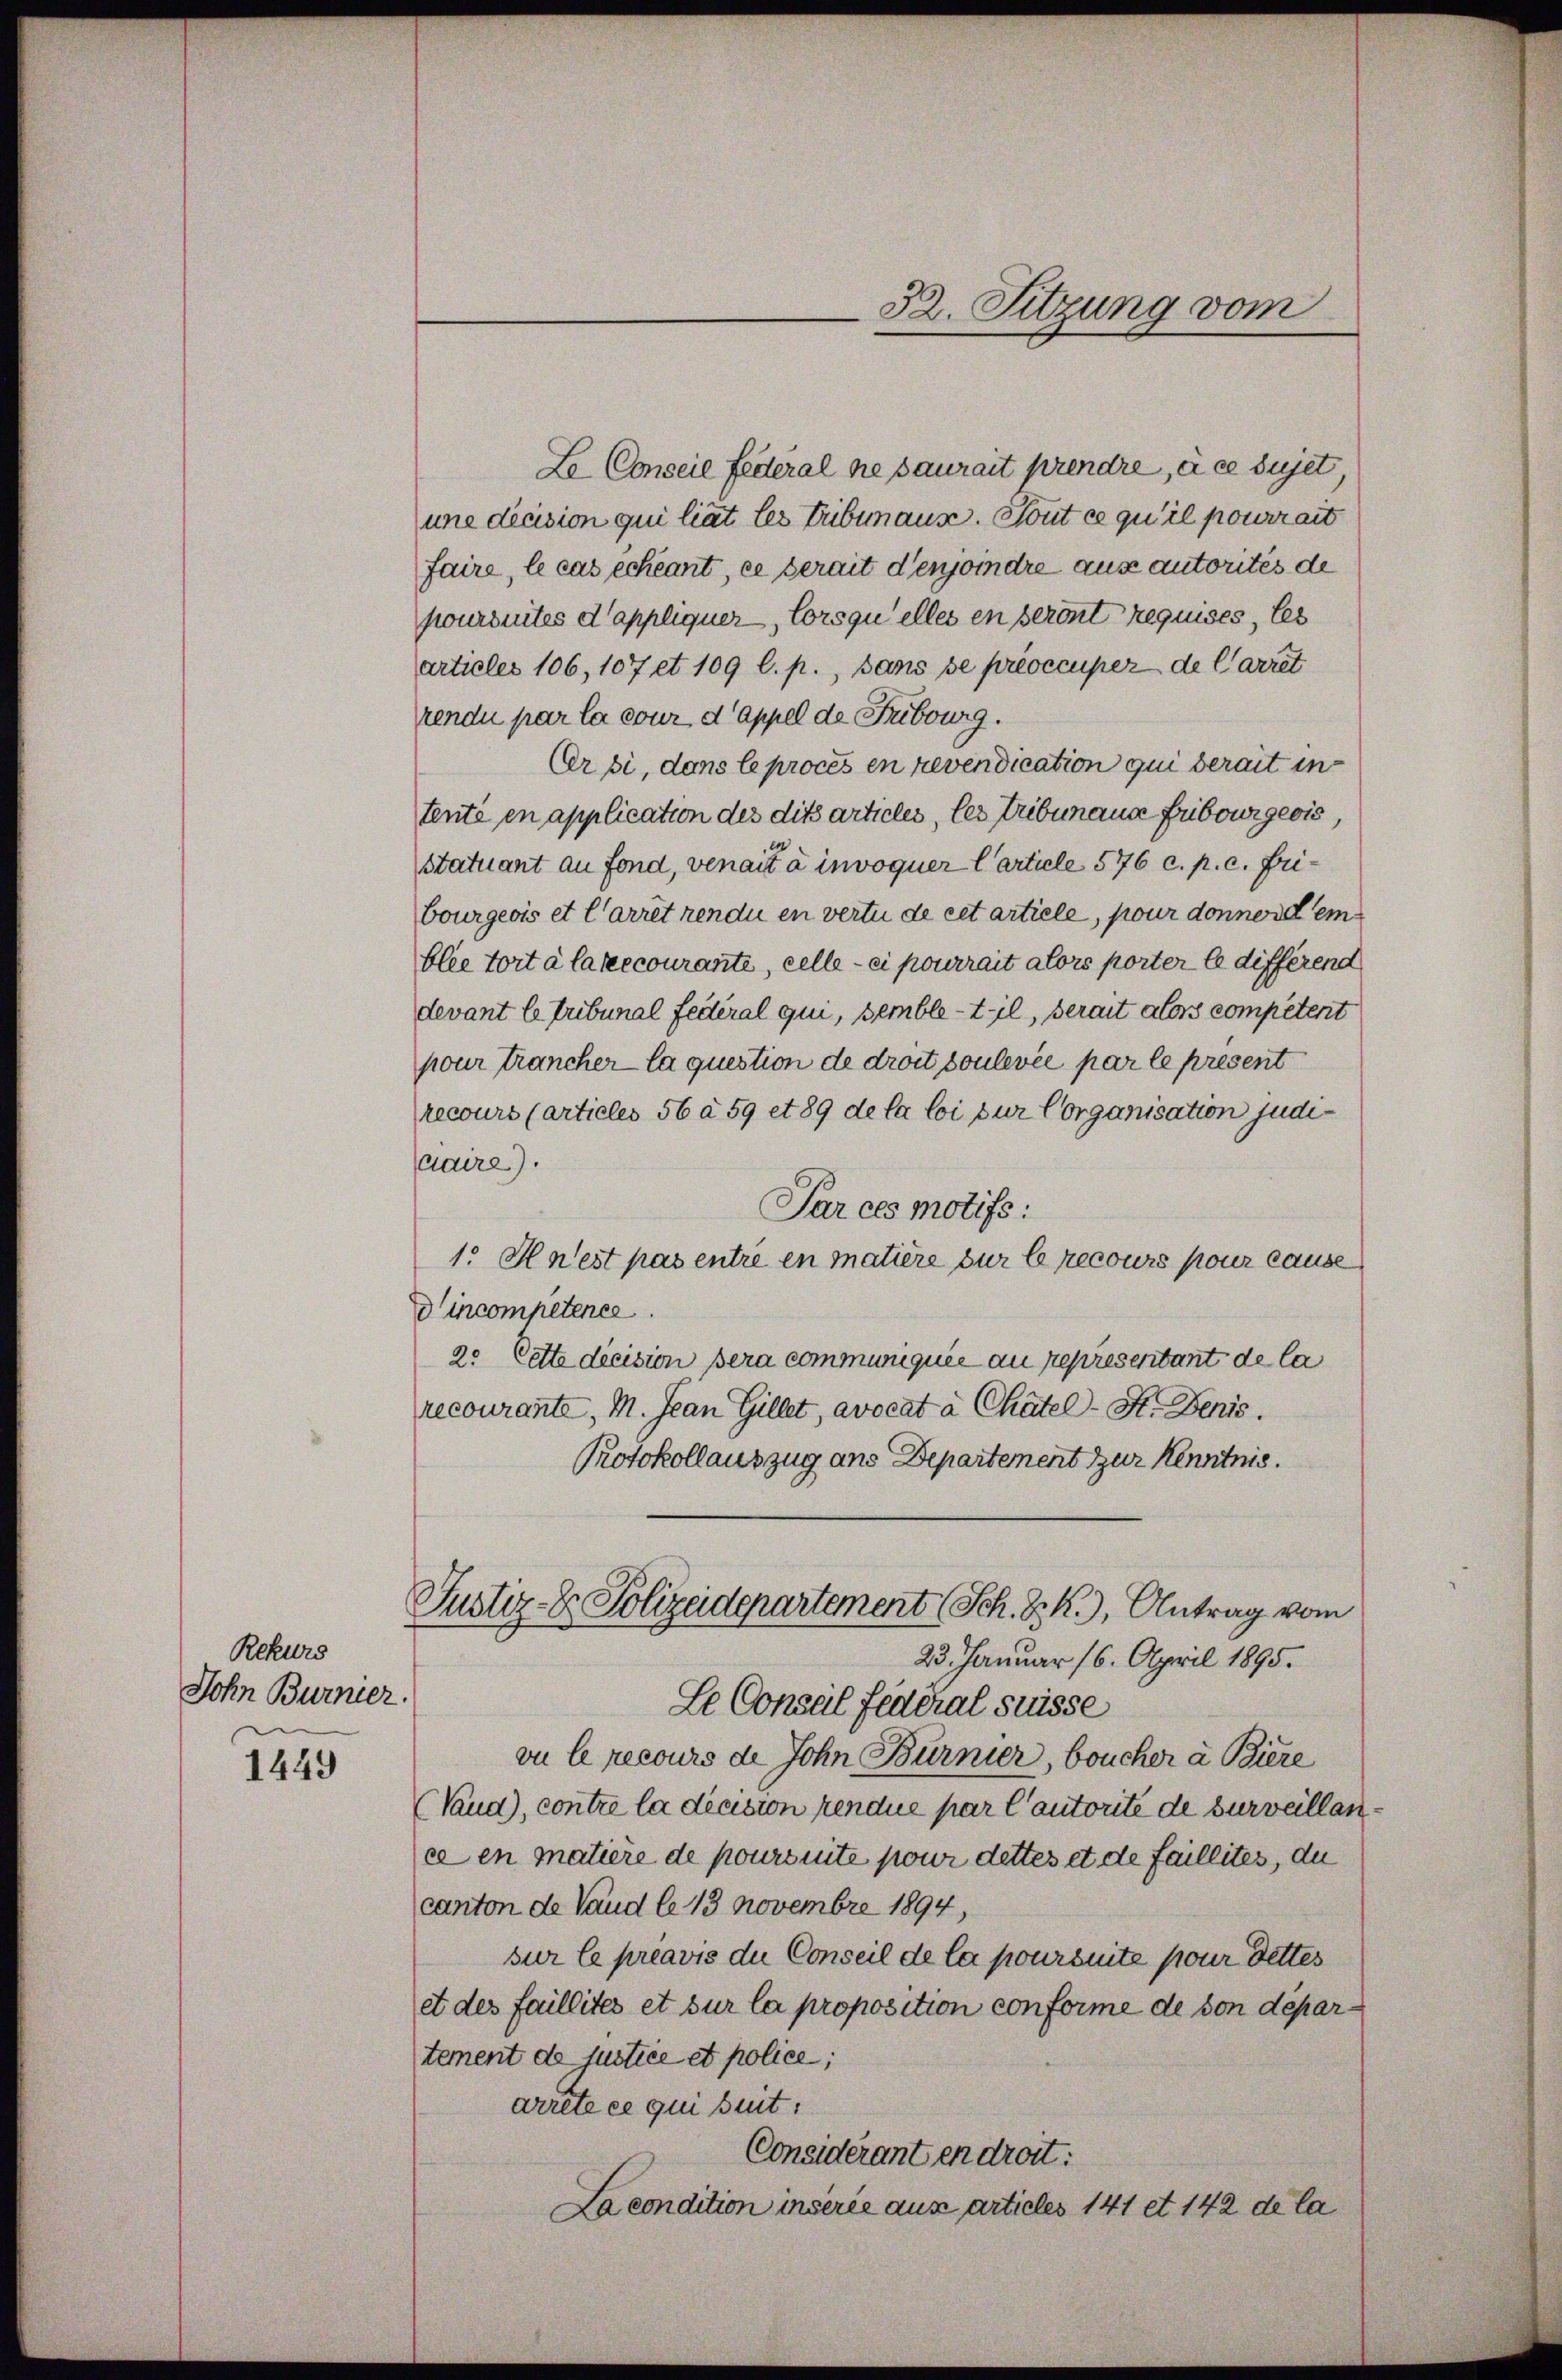
Rekurs
Dohn Burner.

1449

Le Conscie Federal ne saurait prendre, à ce sujet,
une decision qui liet les Tribunaus. Stout ce qu’il pourrait
faire, le cas échéant, ce serait denjoindre aus autorités de
poursuites d’appliquer, Corsquelles en seront requises, les
artieler 106, 107 et 109 l. p., dans se prioccuper de Carret
rendu par la cour d Appel de Fribourg.
Cer si, dans le procès en revendication qui derait in
tente en application des dits articles, les Tribunaus Fribourgeois,
Statuant an Fond, venait à invoquer Carticle 576 c. p. c. fribourgeois et l’arret rendu en vertu de cet artiele, pour donnere em
blée tort à la recourante, celle - ei pourrait alors porter le differend
devant le tribunal Federal qui, semble-til, serait alors competent
pour trancher la question de droit soulevée par le present
recours (artieles 56 à 59 et 89 de la loi zur Corganisation judicaire).
Par ces motifs:
1. Hnest pas entre en matière sur le recours pour cause
dincompetener
2. Cette dicision sera communiquée au represeritant de la
recourante, M. Jean Gillet, avocat à Chätel-St. Denis.
Protokollauszug ans Departement zur Kenntnis
Justiz- & Polizeidepartement (Sch. S. K.), Antrag vom
23. Januar 16. April 1895.
Le Conseil Federal Suisse
vu le recours de John Bürnier, boucher à Biere
Nand), contre la décision rendue par l’autorité de surveillance en matière de poursuite pour dettes et de faillites, die
canton de Vaud le 13 Novembre 1894,
sur le préavis du Conseil de la poursuite pour dettes
et des faillités et sur la proposition conforme de von département de lustice et police;
arrete ce qui suit:
Considérant en droit:
La condition insérée aus articles 141 et 142 de la

32. Sitzung vom